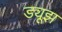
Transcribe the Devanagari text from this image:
ड्यूझ